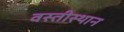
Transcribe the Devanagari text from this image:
वस्तीस्थान